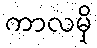
ကာလမှိ